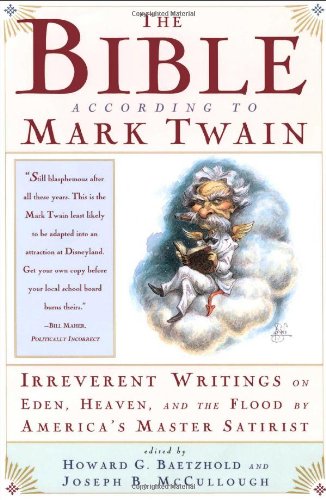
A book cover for The Bible According to Mark Twain: Irreverent Writings on Eden, Heaven, and the Flood by America's Master Satirist; Mark Twain; Literature & Fiction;